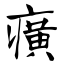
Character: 癀